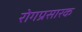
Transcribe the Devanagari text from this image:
रोगप्रसारक